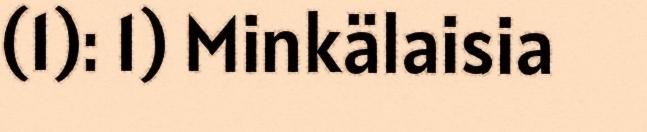
(1): 1) Minkälaisia